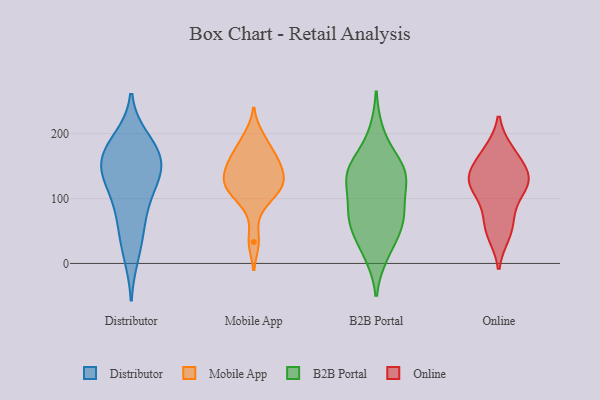
{"axis": {"x": "Backlog", "y": "Value"}, "legend": ["B2B Portal", "Distributor", "Mobile App", "Online"], "data": [{"x": "", "y": 48, "type": "Distributor"}, {"x": "", "y": 142, "type": "Distributor"}, {"x": "", "y": 133, "type": "Distributor"}, {"x": "", "y": 164, "type": "Distributor"}, {"x": "", "y": 154, "type": "Distributor"}, {"x": "", "y": 178, "type": "Distributor"}, {"x": "", "y": 102, "type": "Distributor"}, {"x": "", "y": 169, "type": "Distributor"}, {"x": "", "y": 71, "type": "Distributor"}, {"x": "", "y": 190, "type": "Distributor"}, {"x": "", "y": 14, "type": "Distributor"}, {"x": "", "y": 123, "type": "Distributor"}, {"x": "", "y": 149, "type": "Mobile App"}, {"x": "", "y": 114, "type": "Mobile App"}, {"x": "", "y": 137, "type": "Mobile App"}, {"x": "", "y": 125, "type": "Mobile App"}, {"x": "", "y": 33, "type": "Mobile App"}, {"x": "", "y": 155, "type": "Mobile App"}, {"x": "", "y": 197, "type": "Mobile App"}, {"x": "", "y": 121, "type": "Mobile App"}, {"x": "", "y": 114, "type": "Mobile App"}, {"x": "", "y": 178, "type": "Mobile App"}, {"x": "", "y": 163, "type": "Mobile App"}, {"x": "", "y": 89, "type": "Mobile App"}, {"x": "", "y": 105, "type": "B2B Portal"}, {"x": "", "y": 132, "type": "B2B Portal"}, {"x": "", "y": 146, "type": "B2B Portal"}, {"x": "", "y": 60, "type": "B2B Portal"}, {"x": "", "y": 128, "type": "B2B Portal"}, {"x": "", "y": 67, "type": "B2B Portal"}, {"x": "", "y": 138, "type": "B2B Portal"}, {"x": "", "y": 200, "type": "B2B Portal"}, {"x": "", "y": 152, "type": "B2B Portal"}, {"x": "", "y": 68, "type": "B2B Portal"}, {"x": "", "y": 82, "type": "B2B Portal"}, {"x": "", "y": 23, "type": "B2B Portal"}, {"x": "", "y": 15, "type": "B2B Portal"}, {"x": "", "y": 146, "type": "B2B Portal"}, {"x": "", "y": 63, "type": "B2B Portal"}, {"x": "", "y": 109, "type": "Online"}, {"x": "", "y": 124, "type": "Online"}, {"x": "", "y": 45, "type": "Online"}, {"x": "", "y": 170, "type": "Online"}, {"x": "", "y": 139, "type": "Online"}, {"x": "", "y": 120, "type": "Online"}, {"x": "", "y": 130, "type": "Online"}, {"x": "", "y": 173, "type": "Online"}, {"x": "", "y": 140, "type": "Online"}, {"x": "", "y": 77, "type": "Online"}, {"x": "", "y": 54, "type": "Online"}]}